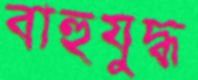
বাহুযুদ্ধ